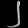
Digit: ၂